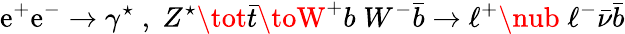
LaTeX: \mathrm{e}^{+}\mathrm{e}^{-}\to\gamma^{\star}\; ,\; Z^{\star}\tot\bar{{t}}\toW^{+}b\; W^{-}\bar{{b}}\to\ell^{+}\nub\; \ell^{-}\bar{{\nu}}\bar{{b}}